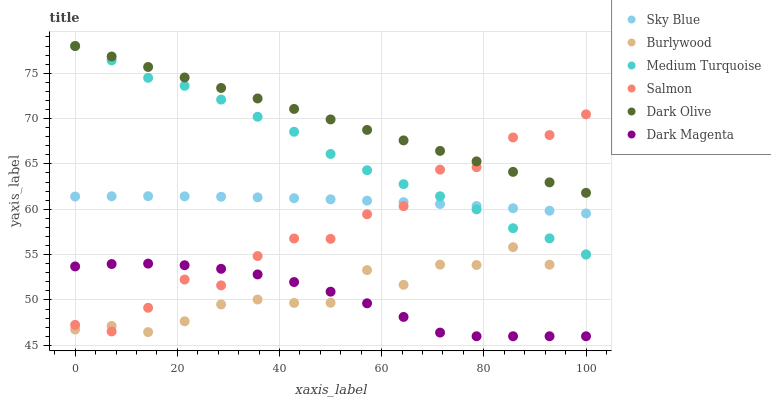
| xaxis_label | Sky Blue | Burlywood | Medium Turquoise | Salmon | Dark Olive | Dark Magenta |
 | --- | --- | --- | --- | --- | --- | --- |
 | 0 | 61.4 | 46.7 | 78 | 47.3 | 78 | 53.7 |
 | 7.14 | 61.4 | 47.1 | 76.4 | 46.5 | 76.8 | 54 |
 | 14.3 | 61.4 | 46.5 | 74.5 | 49.1 | 75.7 | 54 |
 | 21.4 | 61.4 | 47.7 | 73.6 | 52.3 | 74.5 | 53.8 |
 | 28.6 | 61.4 | 49.5 | 72.1 | 51.6 | 73.4 | 53.4 |
 | 35.7 | 61.3 | 50 | 70.2 | 54.8 | 72.2 | 52.8 |
 | 42.9 | 61.2 | 49.7 | 68.5 | 56.8 | 71.1 | 52 |
 | 50 | 61.1 | 49.7 | 66.1 | 56.7 | 69.9 | 50.9 |
 | 57.1 | 61 | 53.3 | 64.3 | 59.4 | 68.7 | 49.6 |
 | 64.3 | 60.8 | 51.7 | 62.8 | 60.3 | 67.6 | 48.1 |
 | 71.4 | 60.6 | 53.9 | 61.4 | 64.4 | 66.4 | 46.4 |
 | 78.6 | 60.4 | 53.9 | 60 | 64.6 | 65.3 | 46 |
 | 85.7 | 60.1 | 55.8 | 57.9 | 67.9 | 64.1 | 46 |
 | 92.9 | 59.8 | 53.9 | 56.8 | 68.2 | 63 | 46 |
 | 100 | 59.5 | 55 | 55 | 70.5 | 61.8 | 46 |